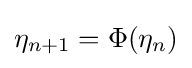
\eta _{n+1}=\Phi (\eta _{n})